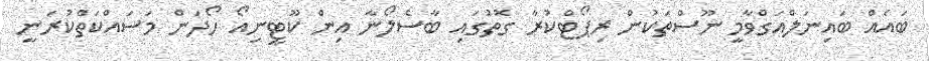
ބައެއް ބައިނަލްއަގްވާމީ ނޫސްތަކުން ރިޕޯޓްކުރާ ގޮތުގައި ބާސެލޯނާ އިން ކޫޓީނިއޯ ހޯދަން މަސައްކަތްކުރަނީ